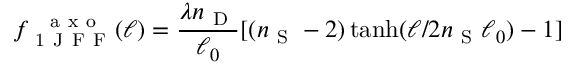
f _ { \mathrm { ~ 1 ~ J ~ F ~ F ~ } } ^ { \mathrm { ~ \, ~ a ~ x ~ o ~ } } ( \ell ) = \frac { \lambda n _ { \mathrm { ~ D ~ } } } { \ell _ { 0 } } [ ( n _ { \mathrm { ~ S ~ } } - 2 ) \operatorname { t a n h } ( \ell / 2 n _ { \mathrm { ~ S ~ } } \ell _ { 0 } ) - 1 ]